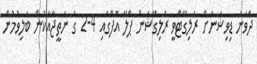
ދެވަނަ ޑިވިޝަނަށް ރެލިގޭޓްވީ ރެލިގޭޝަން ޕްލޭ އޮފްގައި 4-2 ގެ ނަތީޖާއަކުން ބަލިވުމުން